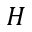
H